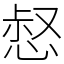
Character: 惄